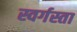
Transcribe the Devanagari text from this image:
स्वर्गस्ता